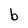
Character: b